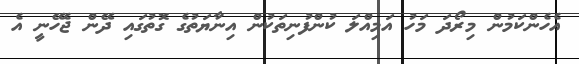
އެހެންކަމުން މިރޯދަ މަހު އަމިއްލަ ކުންފުނިތަކުން އިނާޔަތުގެ ގޮތުގައި ދޭން ޖެހޭނީ އެ